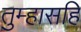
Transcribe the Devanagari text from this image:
तुम्हासहि